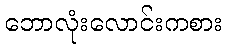
ဘောလုံးလောင်းကစား